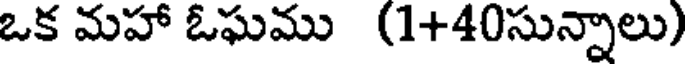
ఒక మహా ఓఘము (1+40సున్నాలు)